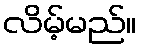
လိမ့်မည်။